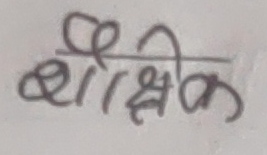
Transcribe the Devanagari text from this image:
शैक्षिक